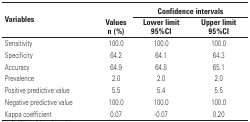
<table><thead><tr><td rowspan="3"><b>Variables</b></td><td><b> </b></td><td colspan="2"><b>Confidence intervals</b></td></tr><tr><td><b> </b></td><td colspan="2"></td></tr><tr><td><b>Values n (%)</b></td><td><b>Lower limit 95%CI</b></td><td><b>Upper limit 95%CI</b></td></tr></thead><tbody><tr><td>Sensitivity</td><td>100.0</td><td>100.0</td><td>100.0</td></tr><tr><td>Specificity</td><td>64.2</td><td>64.1</td><td>64.3</td></tr><tr><td>Accuracy</td><td>64.9</td><td>64.8</td><td>65.1</td></tr><tr><td>Prevalence</td><td>2.0</td><td>2.0</td><td>2.0</td></tr><tr><td>Positive predictive value</td><td>5.5</td><td>5.4</td><td>5.5</td></tr><tr><td>Negative predictive value</td><td>100.0</td><td>100.0</td><td>100.0</td></tr><tr><td>Kappa coefficient</td><td>0.07</td><td>-0.07</td><td>0.20</td></tr></tbody></table>